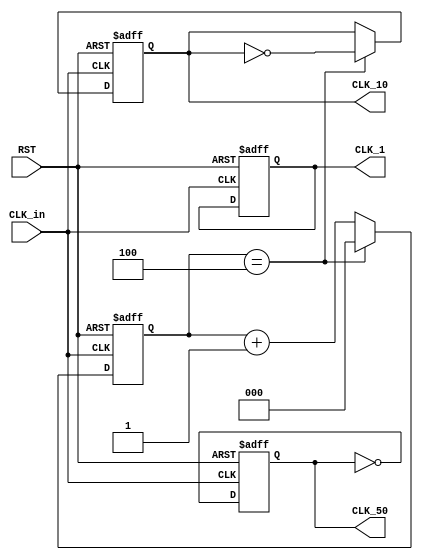
module freq_div (CLK_in,CLK_50,CLK_10,CLK_1,RST);
input CLK_in,RST;
output reg CLK_50,CLK_10,CLK_1;

reg [2:0] cnt_10;
reg [4:0] cnt_100;

always @(posedge CLK_in or posedge RST) begin
	if (RST) begin
		CLK_50<= 1'b0;
        end
	else begin
		CLK_50<= ~CLK_50;
        end
end

always @(posedge CLK_in or posedge RST) begin
	if (RST) begin
		CLK_10<= 1'b0;
                cnt_10<=0;
        end
	else if (cnt_10==4) begin
		CLK_10<= ~CLK_10;
                cnt_10<=0;
        end
        else begin
                cnt_10<=cnt_10+1;
        end
end

always @(posedge CLK_in or posedge RST) begin
	if (RST) begin
		CLK_1<= 1'b0;
                cnt_100<=0;
        end
	else if (cnt_100==49) begin
		CLK_1<= ~CLK_1;
                cnt_100<=0;
        end
        else begin
                cnt_100<=cnt_100+1;
        end
end

endmodule